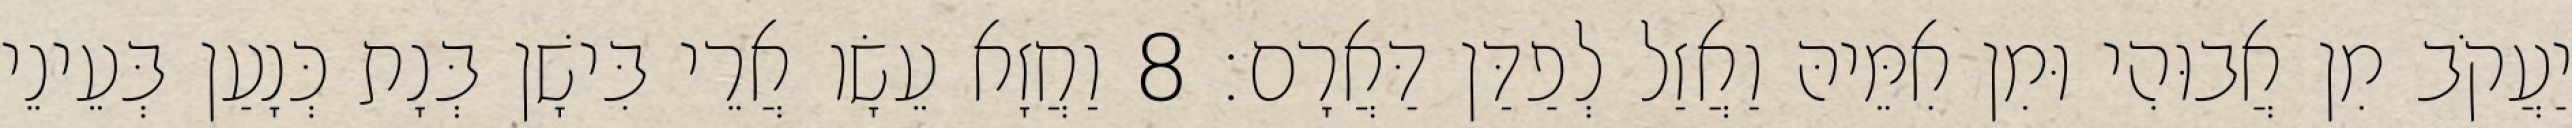
יַעֲקֹב מִן אֲבוּהִי וּמִן אִמֵּיהּ וַאֲזַל לְפַדַּן דַּאֲרָם׃ 8 וַחֲזָא עֵשָׂו אֲרֵי בִּישָׁן בְּנָת כְּנָעַן בְּעֵינֵי